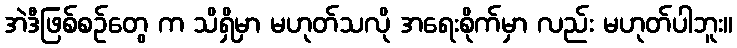
အဲဒီဖြစ်စဉ်တွေ က သိရှိမှာ မဟုတ်သလို အရေးစိုက်မှာ လည်း မဟုတ်ပါဘူး။